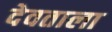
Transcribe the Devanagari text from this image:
देवताला